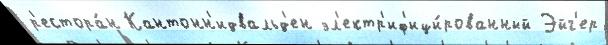
р'естора́н Кантонн'идвальд'ен эл'ектр'иф'ици́рованный Эйг'ер